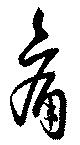
痛